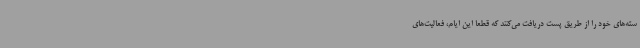
سته‌های خود را از طریق پست دریافت می‌کنند که قطعا این ایام، فعالیت‌های